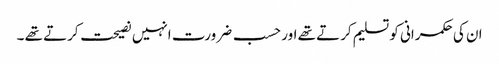
ان کی حکمرانی کو تسلیم کرتے تھے اور حسب ضرورت انہیں نصیحت کرتے تھے ۔